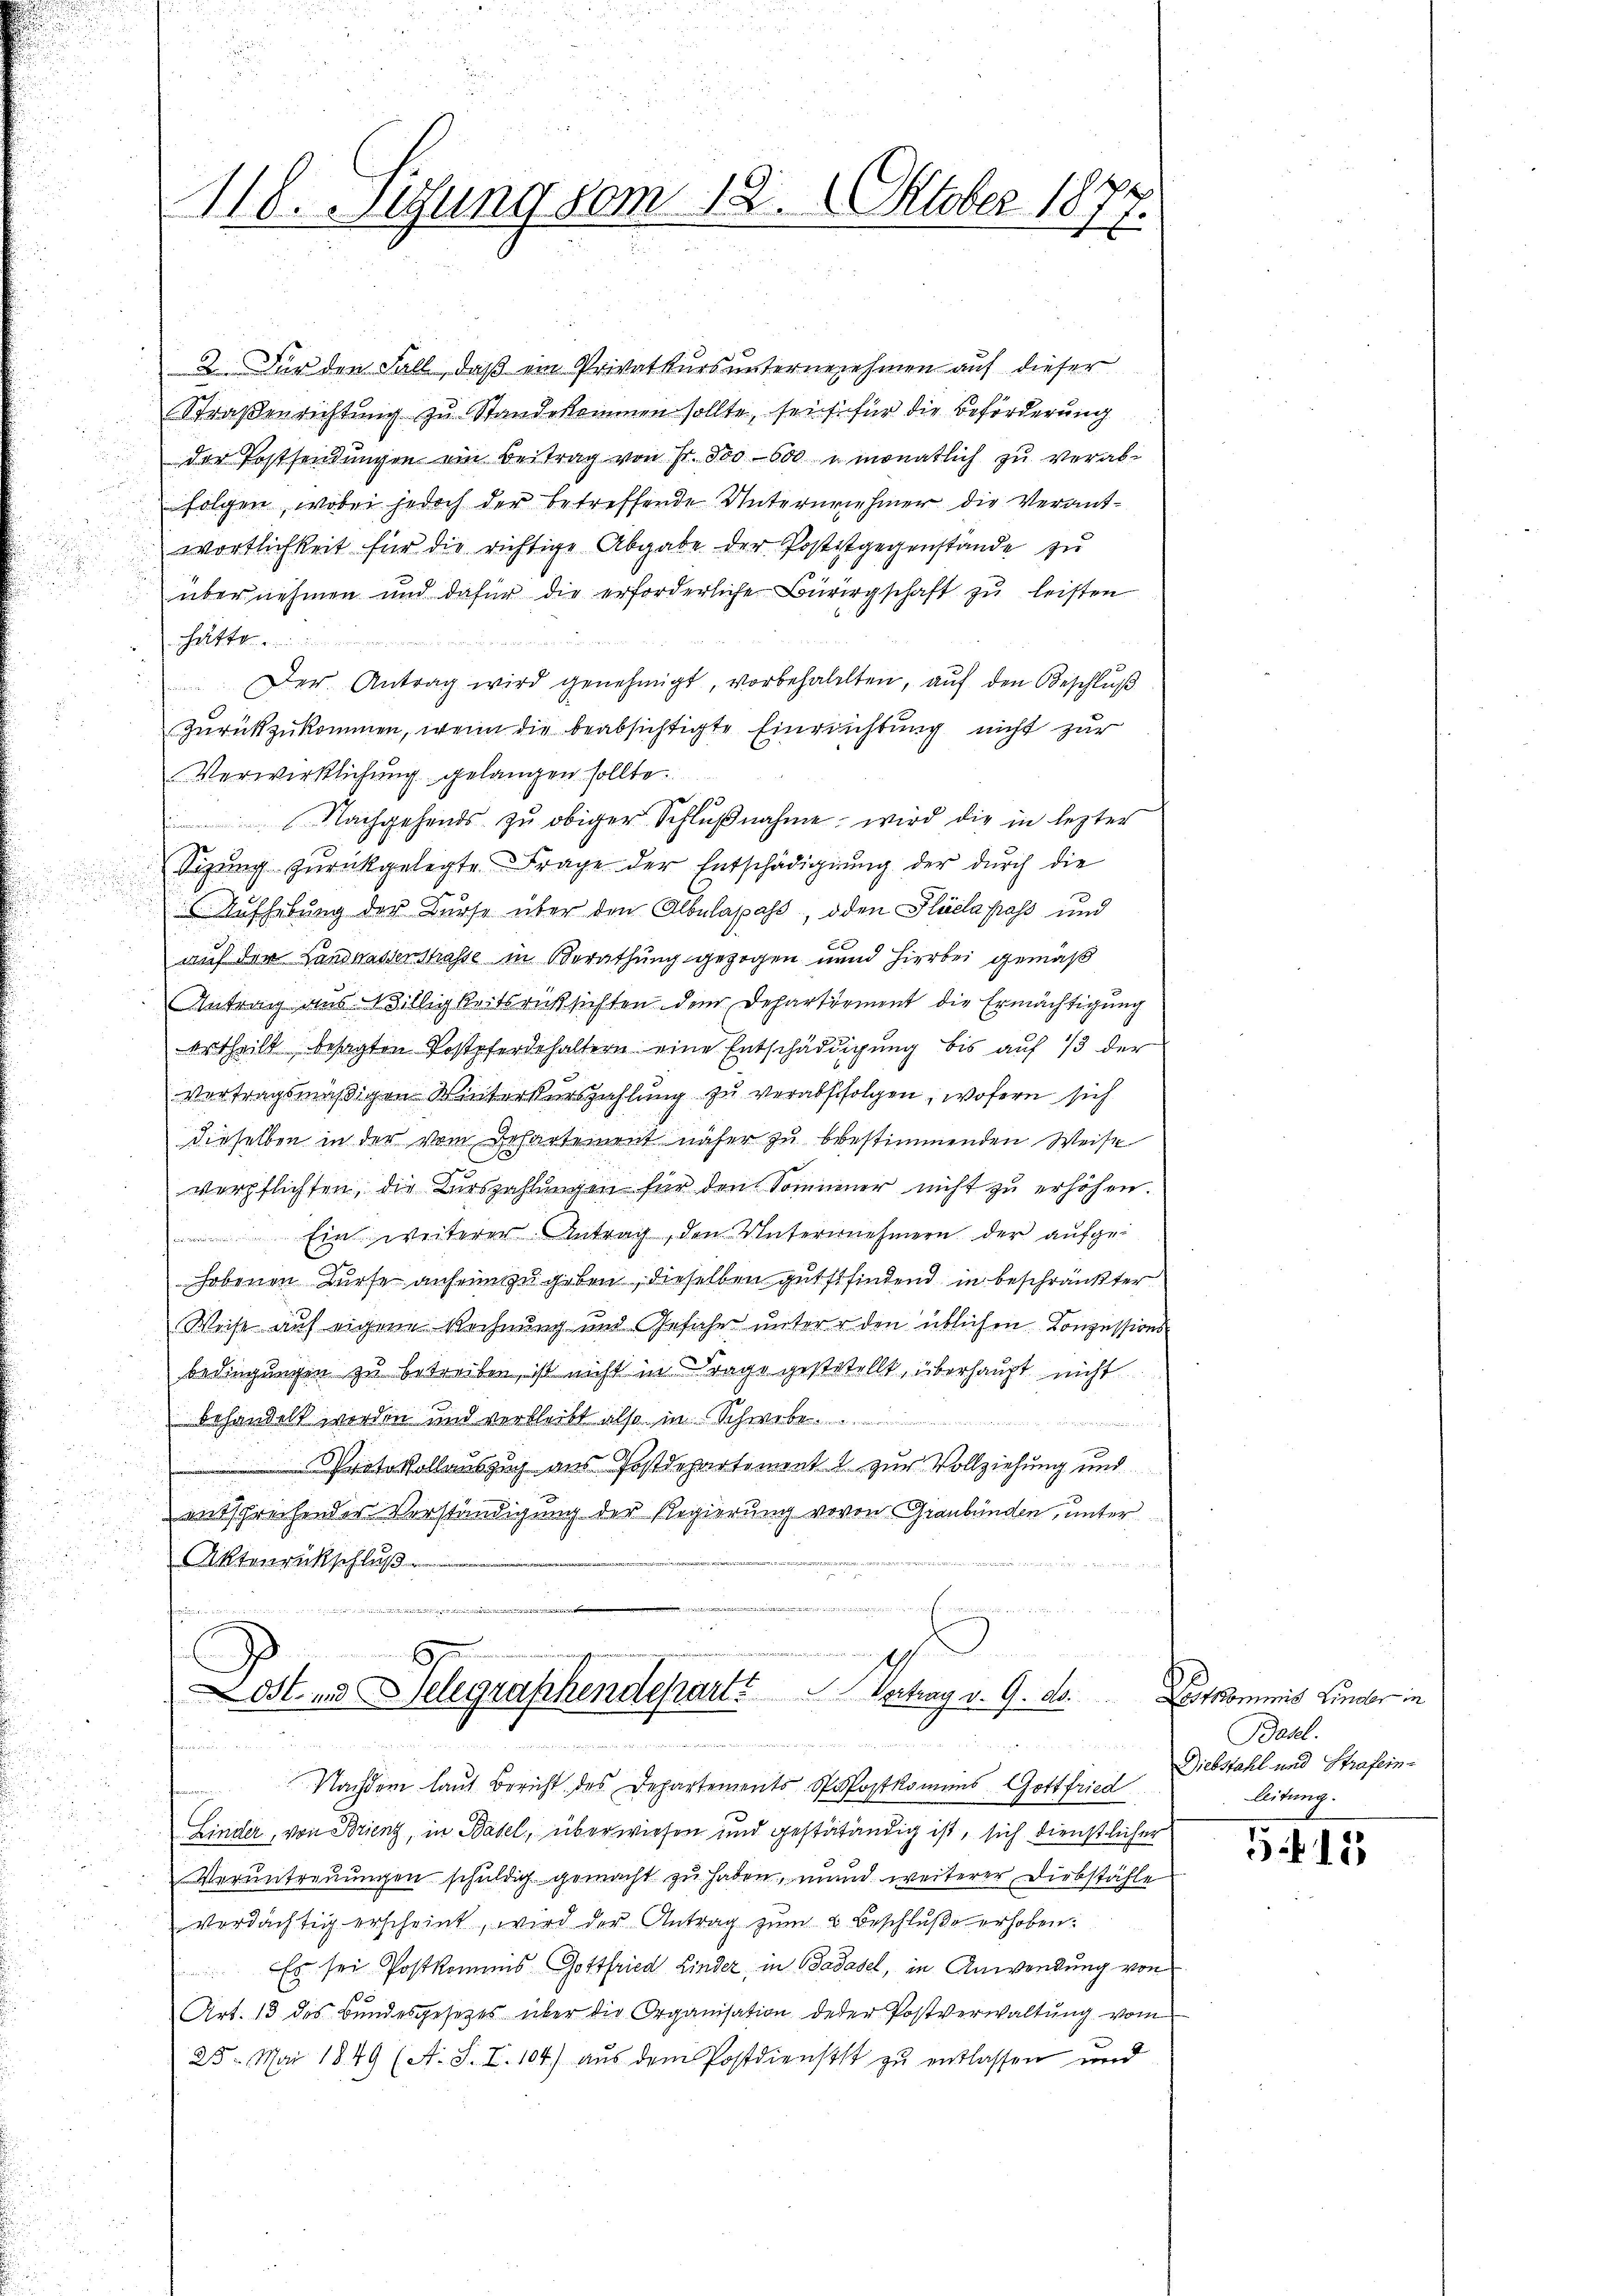
s

2. Für den Fall, daß ein Privatkurs unternenehmen auf dieser
Straßenrichtung zu Standekommen sollte, seit für die Beförderung
der Postsendungen ein Beitrag von Fr. 500–600 u. monatlich zu verabfolgen, wobei jedoch der betreffende Unternrnehmer die Verantwortlichkeit für die richtige Abgabe der Postitgegenstände zu
übernehmen und dafür die erforderliche Bürirgschaft zu leisten
geraderen
a
Der Antrag wird genehmigt, vorbehallten, auf den Beschluß
zurückzukommen, wenn die beabsichtigte Einrichtung nicht zur
Verwirklichung gelangen sollte.
Nachgehends zŭ obiger Schlŭβnahme, wird die in lezter
Sizung zurückgelegte Frage der Entschädigung der durch die
r

Aufhebung der Kurse über den Albulappass, oden Pläela pass und

auf der Landhassenstrasse in Berathung gezogen unnd hierbei gemäß
Antrag aus Willigkeitsrussichten dem Departirment die Ermächtigung
ertheilt, besagten Postpferdehaltern eine Entschädigŭng bis aŭf 13 der
vertragsmäßigen Winterkurszahlung zu verabfolgen, wofern sich
dieselben in der vom Departement näher zu bestimmenden Weise
verpflichten, die Kurszahlungen für den Sommener nicht zu erhöhen.
Ein weiterer Antrag, den Unternehmern der aufgehobenen dürfe anheim zu geben, dieselben gutstfindend in beschränkter
Weise auf eigene Rechnung und Gefahr unterer den üblichen Conzessionsbedingungen zu betreiben, ist nicht in Frage gestestellt, überhaupt nicht
behandelt werden und verbleibt also in Schwebe
u
Protokollauszug aus Postdepartement zur Vollziehung und
u
entsprechender Verständigung der Regierung vovon Graubünden, unter
Aktenrückschluß
e

e
6x
öst und Delegraphendepart? Vertrag v. 9. ds.
                   14

Nachdem laut Bericht des Departements Pfostkommes Gottfried
e
u
Linder, von Brienz, in Basel, überwiesen und gestätändig ist, sich dienstlicher
Verantreuungen schuldig gemacht zu haben, mund weiterer Diebstähle
verdächtig erscheint, wird der Antrag zŭm 2. Beschluße erhoben:
 Es sei Postkommis Gottfried Linder, in Badasel, in Anwendung von
Art. 13 des Bundesgesetzes über die Organisation deser Postverwaltung vom
25. Mai 1849 (A. S. I. 104) aus dem Postdienstst zu entlassen und

118. Setzung vom 12. Oktober 18
 E.

Litkommnis Linaler in
Basel.
Diebstahl und Strafern.
leitung.

515